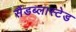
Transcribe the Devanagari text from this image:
सैंडब्लास्टेड